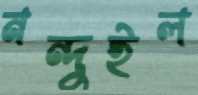
নন্দুইল